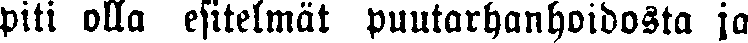
piti olla esitelmät puntarhanhoidosta ja